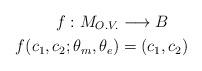
LaTeX: \begin{align*}f: M_{O.V.} & \longrightarrow B \\f(c_1,c_2; \theta_{m}, \theta_{e}) & = (c_1, c_2)\end{align*}